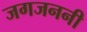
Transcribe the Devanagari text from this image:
जगजननी